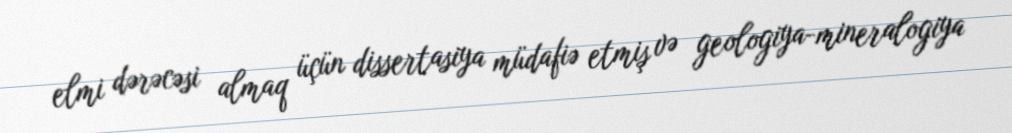
elmi dərəcəsi almaq üçün dissertasiya müdafiə etmiş və geologiya-mineralogiya